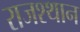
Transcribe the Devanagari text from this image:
राजश्थान